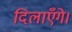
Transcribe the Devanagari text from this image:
दिलाएँगे।